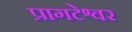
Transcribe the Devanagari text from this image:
प्रागटेश्वर